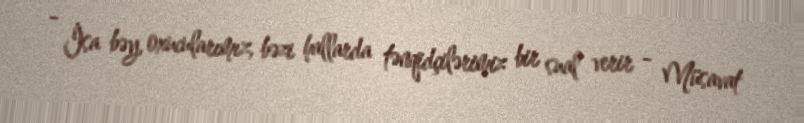
- İsa bəy, oxucularımız, bəzi hallarda tənqidçilərimiz bir sual verir - Müsavat